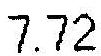
7.72